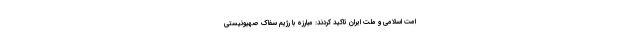
امت اسلامی و ملت ایران تاکید کردند: مبارزه با رژیم سفاک صهیونیستی